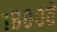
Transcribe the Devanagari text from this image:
१८००ते